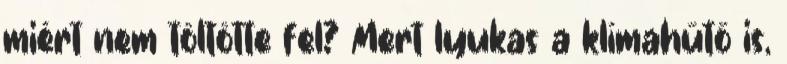
miért nem töltötte fel? Mert lyukas a klímahűtő is,